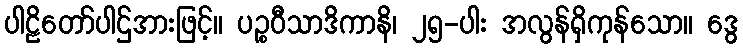
ပါဠိတော်ပါဌ်အားဖြင့်။ ပဉ္စဝီသာဒိကာနိ၊ ၂၅-ပါး အလွန်ရှိကုန်သော။ ဒွေ